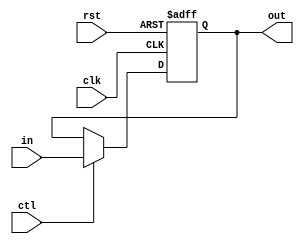
module register(out, in, ctl, rst, clk); // synopsys template
   parameter width = 32, init = 32'b0;
   output [0:width-1] out;
   reg [0:width-1] out;
   input [0:width-1] in;
   input ctl;
   input clk, rst;

   always @ (negedge clk or posedge rst) begin	
     if (rst)
		out <= init;
     else if (ctl)
        out <= in;
     end
endmodule
module regFile2(rst, clk, ftpt_write, ftpt_read, WrAddr, WrEn, WrData, ReadAddr1, ReadAddr2, ReadData1, ReadData2);
   
	input [0:31] WrData;
	input [0:4] WrAddr, ReadAddr1, ReadAddr2;
    input WrEn, clk, rst, ftpt_write, ftpt_read;

    output [0:31] ReadData1, ReadData2;
	
	wire D00,D01,D02,D03,D04,D05,D06,D07,D08,D09,D10,D11,D12,D13,D14,D15,D16,D17,D18,D19,D20,D21,D22,D23,D24,D25,D26,D27,D28,D29,D30,D31;
	wire [0:31] O00,O01,O02,O03,O04,O05,O06,O07,O08,O09,O10,O11,O12,O13,O14,O15,O16,O17,O18,O19,O20,O21,O22,O23,O24,O25,O26,O27,O28,O29,O30,O31;
	wire [0:31] OF00,OF01,OF02,OF03,OF04,OF05,OF06,OF07,OF08,OF09,OF10,OF11,OF12,OF13,OF14,OF15,OF16,OF17,OF18,OF19,OF20,OF21,OF22,OF23,OF24,OF25,OF26,OF27,OF28,OF29,OF30,OF31;
	
	wire [0:31] ReadIData1, ReadIData2, ReadFPData1, ReadFPData2;
	
    decoder5to32 decode532(WrAddr, WrEn, D00,D01,D02,D03,D04,D05,D06,D07,D08,D09,D10,D11,D12,D13,D14,D15,D16,D17,D18,D19,D20,D21,D22,D23,D24,D25,D26,D27,D28,D29,D30,D31);

	//only write to interger registers when ftpt_write == 0
	//based on decorder output to d-wires the correct register will be written to if WrEn is 1
	
	register ireg00(O00, WrData, ~ftpt_write & WrEn & D00, rst, clk);
	register ireg01(O01, WrData, ~ftpt_write & WrEn & D01, rst, clk);
	register ireg02(O02, WrData, ~ftpt_write & WrEn & D02, rst, clk);
	register ireg03(O03, WrData, ~ftpt_write & WrEn & D03, rst, clk);
	register ireg04(O04, WrData, ~ftpt_write & WrEn & D04, rst, clk);
	register ireg05(O05, WrData, ~ftpt_write & WrEn & D05, rst, clk);
	register ireg06(O06, WrData, ~ftpt_write & WrEn & D06, rst, clk);
	register ireg07(O07, WrData, ~ftpt_write & WrEn & D07, rst, clk);
	register ireg08(O08, WrData, ~ftpt_write & WrEn & D08, rst, clk);
	register ireg09(O09, WrData, ~ftpt_write & WrEn & D09, rst, clk);
	register ireg10(O10, WrData, ~ftpt_write & WrEn & D10, rst, clk);
	register ireg11(O11, WrData, ~ftpt_write & WrEn & D11, rst, clk);
	register ireg12(O12, WrData, ~ftpt_write & WrEn & D12, rst, clk);
	register ireg13(O13, WrData, ~ftpt_write & WrEn & D13, rst, clk);
	register ireg14(O14, WrData, ~ftpt_write & WrEn & D14, rst, clk);
	register ireg15(O15, WrData, ~ftpt_write & WrEn & D15, rst, clk);
	register ireg16(O16, WrData, ~ftpt_write & WrEn & D16, rst, clk);
	register ireg17(O17, WrData, ~ftpt_write & WrEn & D17, rst, clk);
	register ireg18(O18, WrData, ~ftpt_write & WrEn & D18, rst, clk);
	register ireg19(O19, WrData, ~ftpt_write & WrEn & D19, rst, clk);
	register ireg20(O20, WrData, ~ftpt_write & WrEn & D20, rst, clk);
	register ireg21(O21, WrData, ~ftpt_write & WrEn & D21, rst, clk);
	register ireg22(O22, WrData, ~ftpt_write & WrEn & D22, rst, clk);
	register ireg23(O23, WrData, ~ftpt_write & WrEn & D23, rst, clk);
	register ireg24(O24, WrData, ~ftpt_write & WrEn & D24, rst, clk);
	register ireg25(O25, WrData, ~ftpt_write & WrEn & D25, rst, clk);
	register ireg26(O26, WrData, ~ftpt_write & WrEn & D26, rst, clk);
	register ireg27(O27, WrData, ~ftpt_write & WrEn & D27, rst, clk);
	register ireg28(O28, WrData, ~ftpt_write & WrEn & D28, rst, clk);
	register ireg29(O29, WrData, ~ftpt_write & WrEn & D29, rst, clk);
	register ireg30(O30, WrData, ~ftpt_write & WrEn & D30, rst, clk);
	register ireg31(O31, WrData, ~ftpt_write & WrEn & D31, rst, clk);
	
	
	
	//only write to floating point registers when ftpt_write == 1
	//based on decorder output to d-wires the correct register will be written to if WrEn is 1
	
	register fpreg00(OF00, WrData, ftpt_write & WrEn & D00, rst, clk);
	register fpreg01(OF01, WrData, ftpt_write & WrEn & D01, rst, clk);
	register fpreg02(OF02, WrData, ftpt_write & WrEn & D02, rst, clk);
	register fpreg03(OF03, WrData, ftpt_write & WrEn & D03, rst, clk);
	register fpreg04(OF04, WrData, ftpt_write & WrEn & D04, rst, clk);
	register fpreg05(OF05, WrData, ftpt_write & WrEn & D05, rst, clk);
	register fpreg06(OF06, WrData, ftpt_write & WrEn & D06, rst, clk);
	register fpreg07(OF07, WrData, ftpt_write & WrEn & D07, rst, clk);
	register fpreg08(OF08, WrData, ftpt_write & WrEn & D08, rst, clk);
	register fpreg09(OF09, WrData, ftpt_write & WrEn & D09, rst, clk);
	register fpreg10(OF10, WrData, ftpt_write & WrEn & D10, rst, clk);
	register fpreg11(OF11, WrData, ftpt_write & WrEn & D11, rst, clk);
	register fpreg12(OF12, WrData, ftpt_write & WrEn & D12, rst, clk);
	register fpreg13(OF13, WrData, ftpt_write & WrEn & D13, rst, clk);
	register fpreg14(OF14, WrData, ftpt_write & WrEn & D14, rst, clk);
	register fpreg15(OF15, WrData, ftpt_write & WrEn & D15, rst, clk);
	register fpreg16(OF16, WrData, ftpt_write & WrEn & D16, rst, clk);
	register fpreg17(OF17, WrData, ftpt_write & WrEn & D17, rst, clk);
	register fpreg18(OF18, WrData, ftpt_write & WrEn & D18, rst, clk);
	register fpreg19(OF19, WrData, ftpt_write & WrEn & D19, rst, clk);
	register fpreg20(OF20, WrData, ftpt_write & WrEn & D20, rst, clk);
	register fpreg21(OF21, WrData, ftpt_write & WrEn & D21, rst, clk);
	register fpreg22(OF22, WrData, ftpt_write & WrEn & D22, rst, clk);
	register fpreg23(OF23, WrData, ftpt_write & WrEn & D23, rst, clk);
	register fpreg24(OF24, WrData, ftpt_write & WrEn & D24, rst, clk);
	register fpreg25(OF25, WrData, ftpt_write & WrEn & D25, rst, clk);
	register fpreg26(OF26, WrData, ftpt_write & WrEn & D26, rst, clk);
	register fpreg27(OF27, WrData, ftpt_write & WrEn & D27, rst, clk);
	register fpreg28(OF28, WrData, ftpt_write & WrEn & D28, rst, clk);
	register fpreg29(OF29, WrData, ftpt_write & WrEn & D29, rst, clk);
	register fpreg30(OF30, WrData, ftpt_write & WrEn & D30, rst, clk);
	register fpreg31(OF31, WrData, ftpt_write & WrEn & D31, rst, clk);
	
	
	
	mux32to1 readI1(O00,O01,O02,O03,O04,O05,O06,O07,O08,O09,O10,O11,O12,O13,O14,O15,O16,O17,O18,O19,O20,O21,O22,O23,O24,O25,O26,O27,O28,O29,O30,O31,ReadAddr1,ReadIData1);
	mux32to1 readI2(O00,O01,O02,O03,O04,O05,O06,O07,O08,O09,O10,O11,O12,O13,O14,O15,O16,O17,O18,O19,O20,O21,O22,O23,O24,O25,O26,O27,O28,O29,O30,O31,ReadAddr2,ReadIData2);
	
	
	mux32to1 read1F(OF00,OF01,OF02,OF03,OF04,OF05,OF06,OF07,OF08,OF09,OF10,OF11,OF12,OF13,OF14,OF15,OF16,OF17,OF18,OF19,OF20,OF21,OF22,OF23,OF24,OF25,OF26,OF27,OF28,OF29,OF30,OF31,ReadAddr1,ReadFPData1);
	mux32to1 read2F(OF00,OF01,OF02,OF03,OF04,OF05,OF06,OF07,OF08,OF09,OF10,OF11,OF12,OF13,OF14,OF15,OF16,OF17,OF18,OF19,OF20,OF21,OF22,OF23,OF24,OF25,OF26,OF27,OF28,OF29,OF30,OF31,ReadAddr2,ReadFPData2);
	
	//Choose between reading integer or floating point registers to output
	//ftpt_read = 0 read integer registers and vice versa
	mux2to1 read1(ReadIData1, ReadFPData1, ftpt_read, ReadData1);
	mux2to1 read2(ReadIData2, ReadFPData2, ftpt_read, ReadData2);
	
endmodule